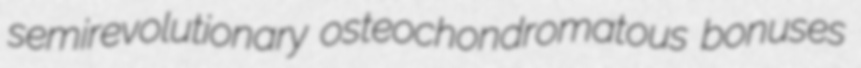
semirevolutionary osteochondromatous bonuses